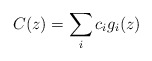
\begin{align*}C(z) = \sum_{i} c_{i} g_{i}(z)\end{align*}